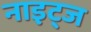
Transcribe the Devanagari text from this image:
नाइट्ज